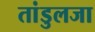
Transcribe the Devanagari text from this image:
तांडुलजा